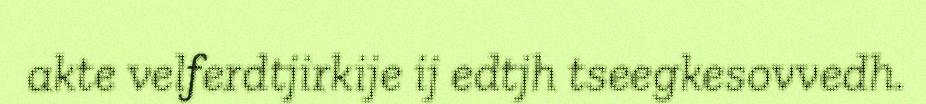
akte velferdtjirkije ij edtjh tseegkesovvedh.